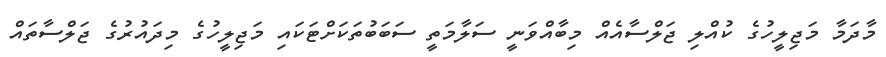
މާދަމާ މަޖިލީހުގެ ކުއްލި ޖަލްސާއެއް މިބާއްވަނީ ސަލާމަތީ ސަބަބުތަކަށްޓަކައި މަޖިލީހުގެ މިދައުރުގެ ޖަލްސާތައް